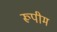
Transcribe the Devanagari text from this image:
रूपीम